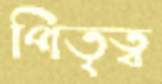
পিতৃত্ব